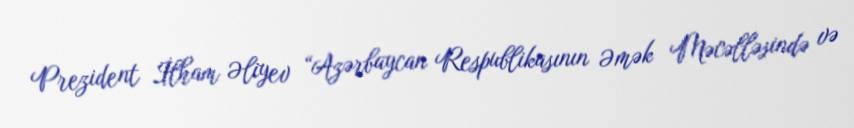
Prezident İlham Əliyev “Azərbaycan Respublikasının Əmək Məcəlləsində və